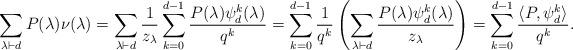
LaTeX: \begin{align*} \sum_{\lambda \vdash d} P(\lambda)\nu(\lambda) = \sum_{\lambda\vdash d}\frac{1}{z_\lambda}\sum_{k=0}^{d-1} \frac{P(\lambda)\psi_d^k(\lambda)}{q^k} = \sum_{k=0}^{d-1} \frac{1}{q^k}\left(\sum_{\lambda \vdash d} \frac{P(\lambda)\psi_d^k(\lambda)}{z_\lambda}\right) = \sum_{k=0}^{d-1} \frac{\langle P, \psi_d^k\rangle}{q^k}.\end{align*}